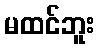
မထင်ဘူး